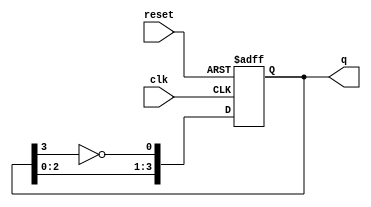
module johnson_counter #(
    parameter N = 4  // Number of flip-flops
)(
    input wire clk,   // Clock input
    input wire reset, // Asynchronous reset
    output reg [N-1:0] q // Output of the counter
);

// Internal signal to hold the feedback input for the first flip-flop
wire feedback;

// Feedback is the inverted last flip-flop output
assign feedback = ~q[N-1];

always @(posedge clk or posedge reset) begin
    if (reset) begin
        q <= 0; // Reset the output to 0
    end else begin
        // Shift the values and introduce feedback
        q <= {q[N-2:0], feedback};
    end
end

endmodule